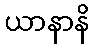
ယာနာနိ